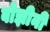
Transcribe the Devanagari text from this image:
बोझीनी